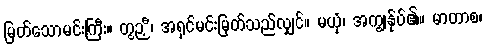
မြတ်သောမင်းကြီး။ တွဉှီ၊ အရှင်မင်းမြတ်သည်လျှင်။ မယှံ၊ အကျွန်ုပ်၏။ မာတာစ၊